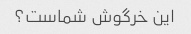
این خرگوش شماست؟